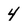
Character: 4